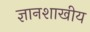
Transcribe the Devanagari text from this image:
ज्ञानशाखीय